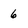
Character: 6